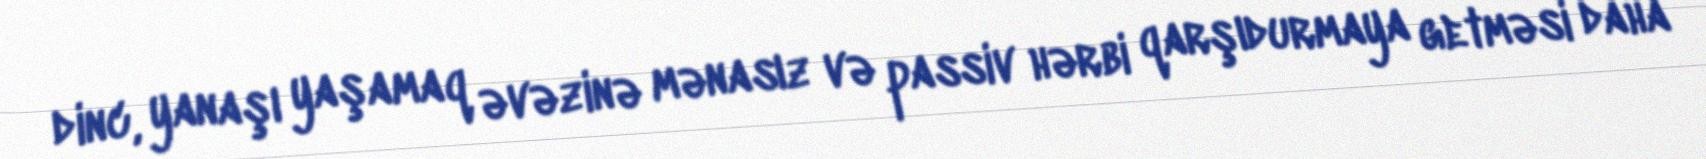
dinc, yanaşı yaşamaq əvəzinə mənasız və passiv hərbi qarşıdurmaya getməsi daha